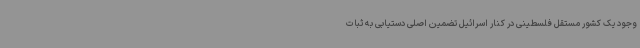
وجود یک کشور مستقل فلسطینی در کنار اسرائیل تضمین اصلی دستیابی به ثبات